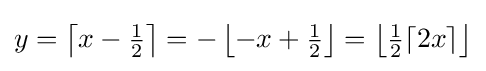
y=\left\lceil x-{\tfrac {1}{2}}\right\rceil =-\left\lfloor -x+{\tfrac {1}{2}}\right\rfloor =\left\lfloor {\tfrac {1}{2}}\lceil 2x\rceil \right\rfloor